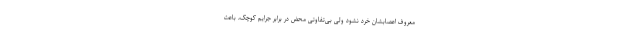
معروف اعصابشان خرد نشود ولی بی‌تفاوتی محض در برابر جرایم کوچک، باعث